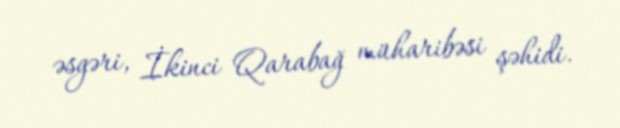
əsgəri, İkinci Qarabağ müharibəsi şəhidi.